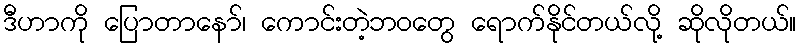
ဒီဟာကို ပြောတာနော်၊ ကောင်းတဲ့ဘဝတွေ ရောက်နိုင်တယ်လို့ ဆိုလိုတယ်။